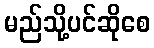
မည်သို့ပင်ဆိုစေ